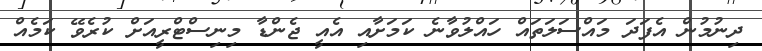
ދިނުމުން އެފަދަ މައްސަލަތައް ހައްލުވާނެ ކަމަށާއި އެއީ ޖެންޑާ މިނިސްޓްރީއަށް ކުރެވޭ ކަމެއް